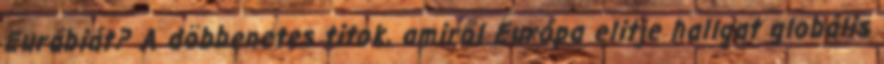
Eurábiát? A döbbenetes titok, amiről Európa elitje hallgat globális